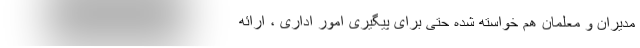
مدیران و معلمان هم خواسته شده حتی برای پیگیری امور اداری ، ارائه